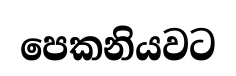
පෙකනියවට